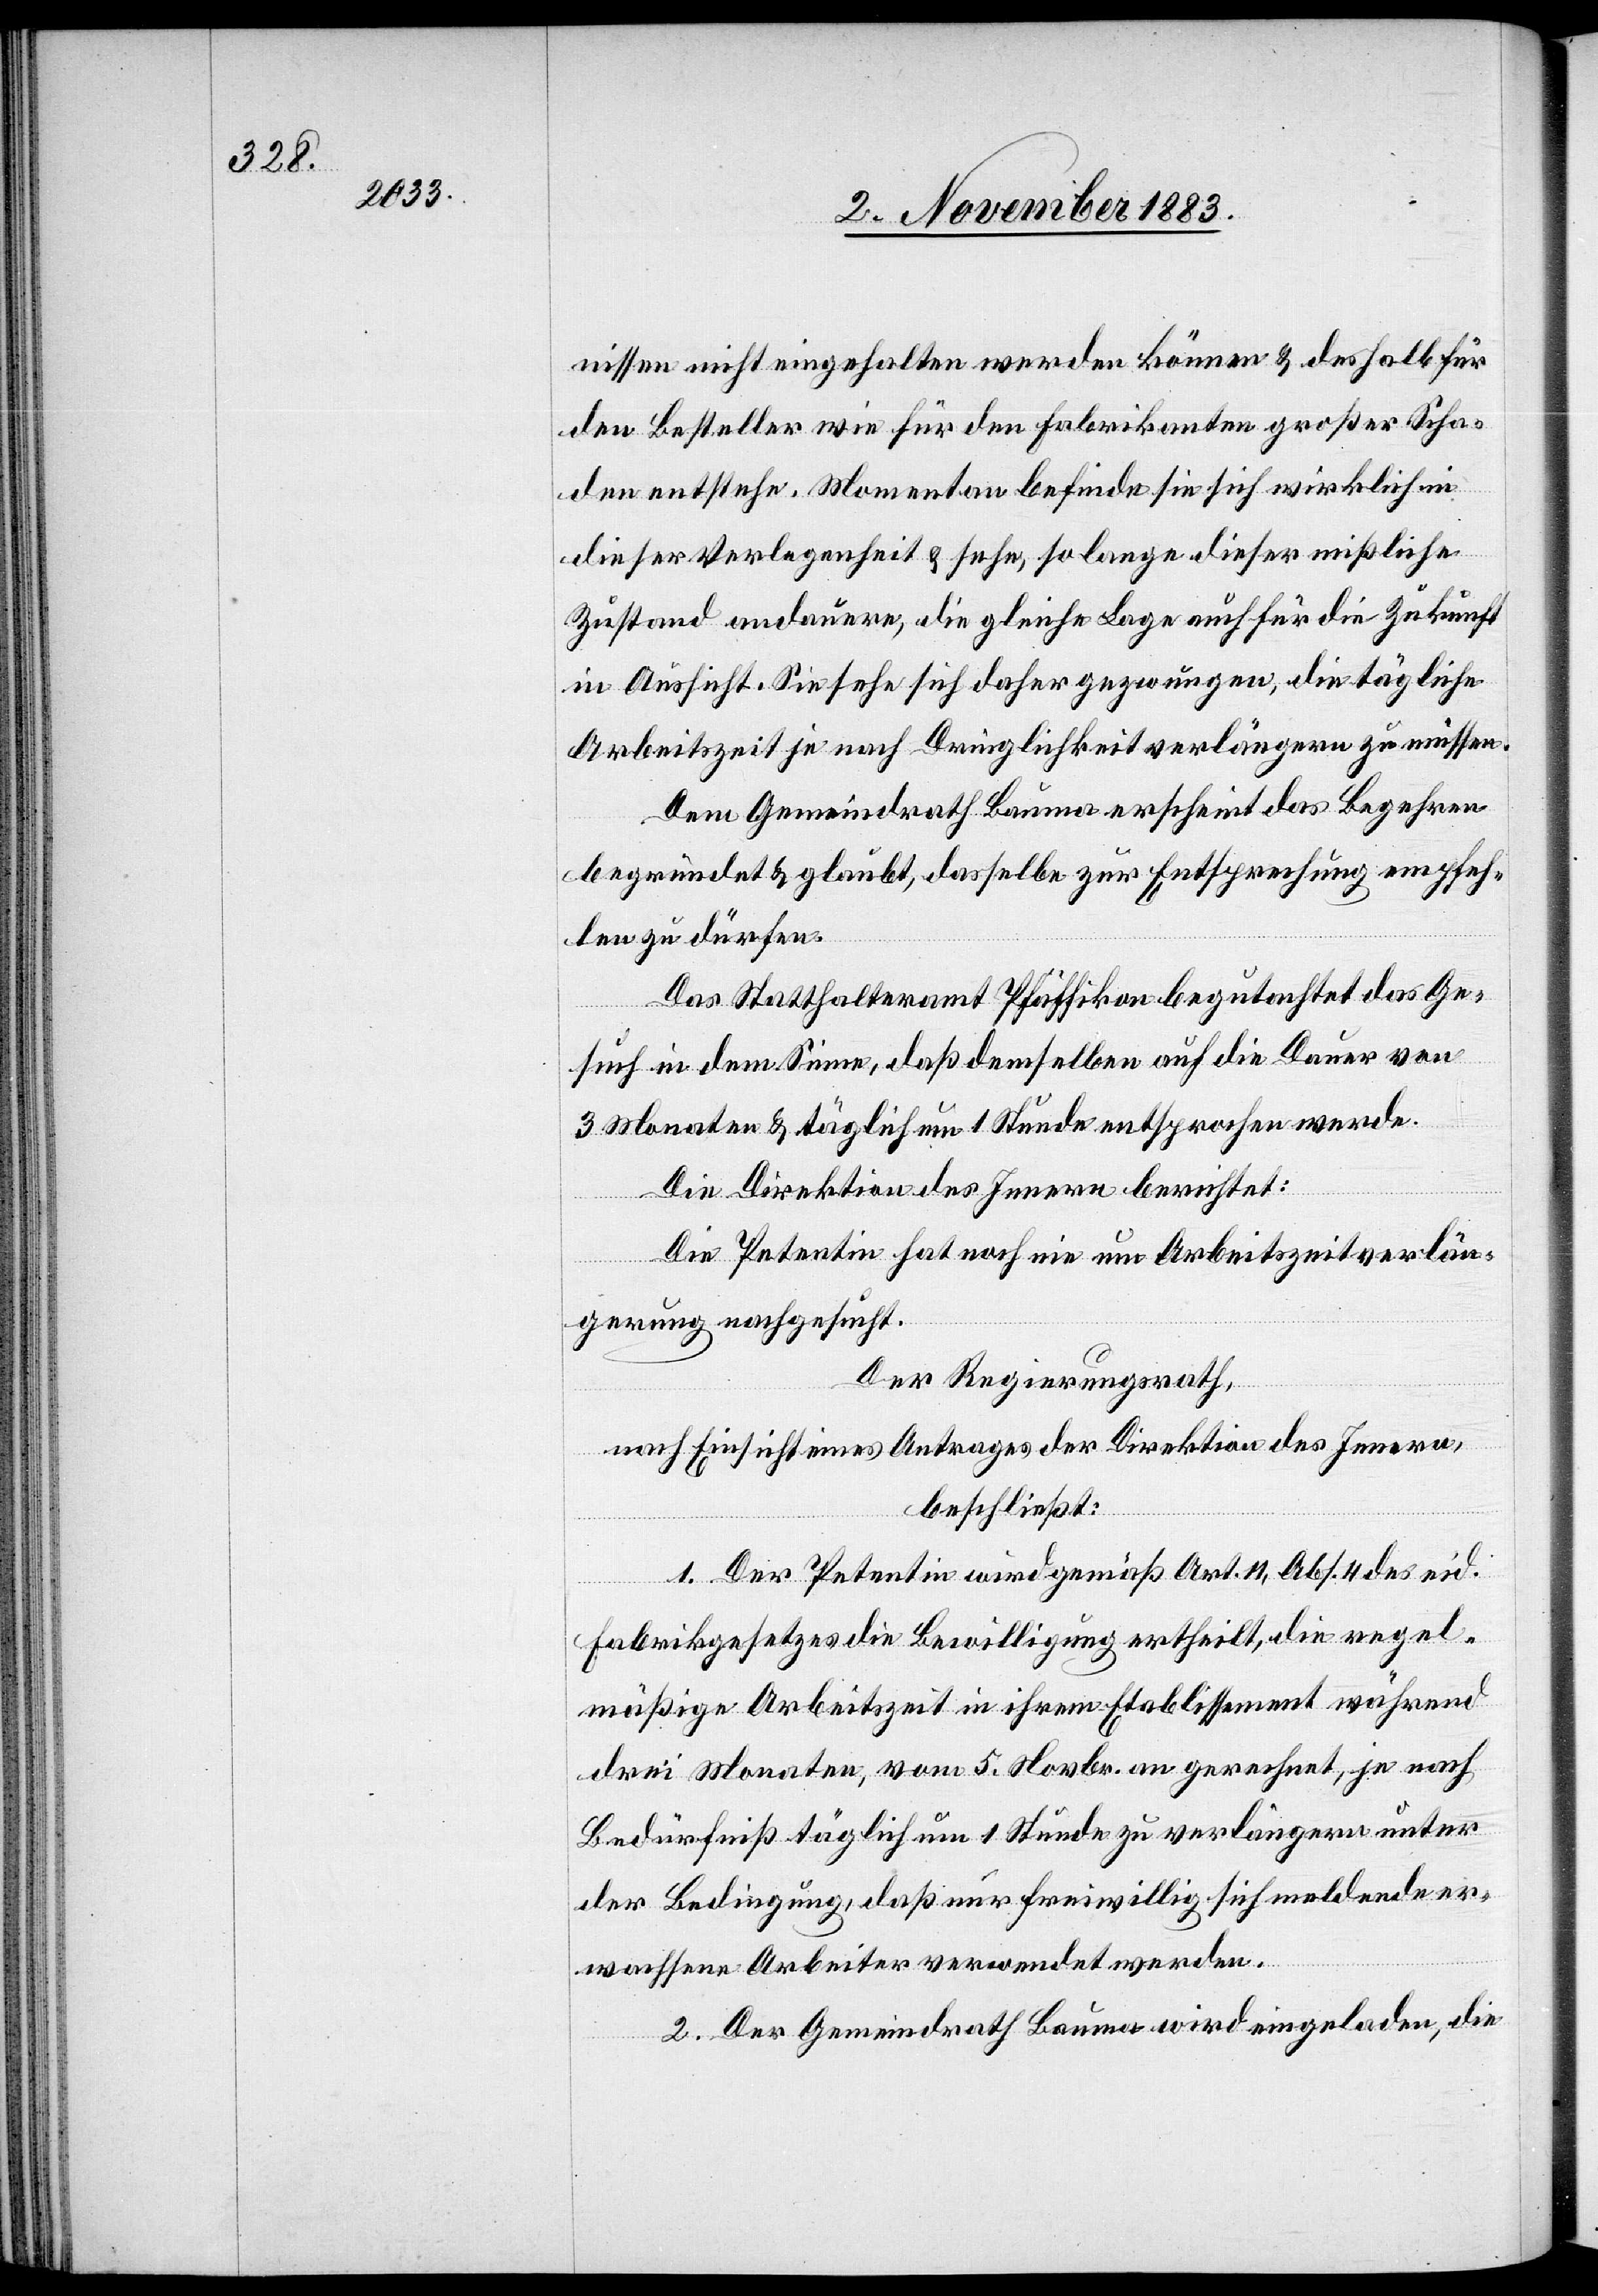
nissen nicht eingehalten werden können & deshalb für
den Besteller wie für den Fabrikanten großer Scha¬
den entstehe. Momentan befinde sie sich wirklich in
dieser Verlegenheit & sehe, so lange dieser mißliche
Zustand andauere, die gleiche Lage auch für die Zukunft
in Aussicht. Sie sehe sich daher gezwungen, die tägliche
Arbeitszeit je nach Dringlichkeit verlängern zu müssen.
Dem Gemeindrath Bauma erscheint das Begehren
begründet & glaubt, dasselbe zur Entsprechung empfeh¬
len zu dürfen.
Das Statthalteramt Pfäffikon begutachtet das Ge¬
such in dem Sinne, daß demselben auf die Dauer von
3 Monaten & täglich um 1 Stunde entsprochen werde.
Die Direktion des Innern berichtet:
Die Petentin hat noch nie um Arbeitszeitverlän¬
gerung nachgesucht.
Der Regierungsrath,
nach Einsicht eines Antrages der Direktion des Innern,
beschließt:
1. Der Petentin wird gemäß Art. 11, Abs. 4 des eid.
Fabrikgesetzes Bewilligung ertheilt, die regel¬
mäßige Arbeitszeit in ihrem Etablissement während
drei Monaten, vom 5. Novbr. an gerechnet, je nach
Bedürfniß täglich um 1 Stunde zu verlängern unter
der Bedingung, daß nur freiwillig sich meldende er¬
wachsene Arbeiter verwendet werden.
2. Der Gemeindrath Bauma wird eingeladen, die